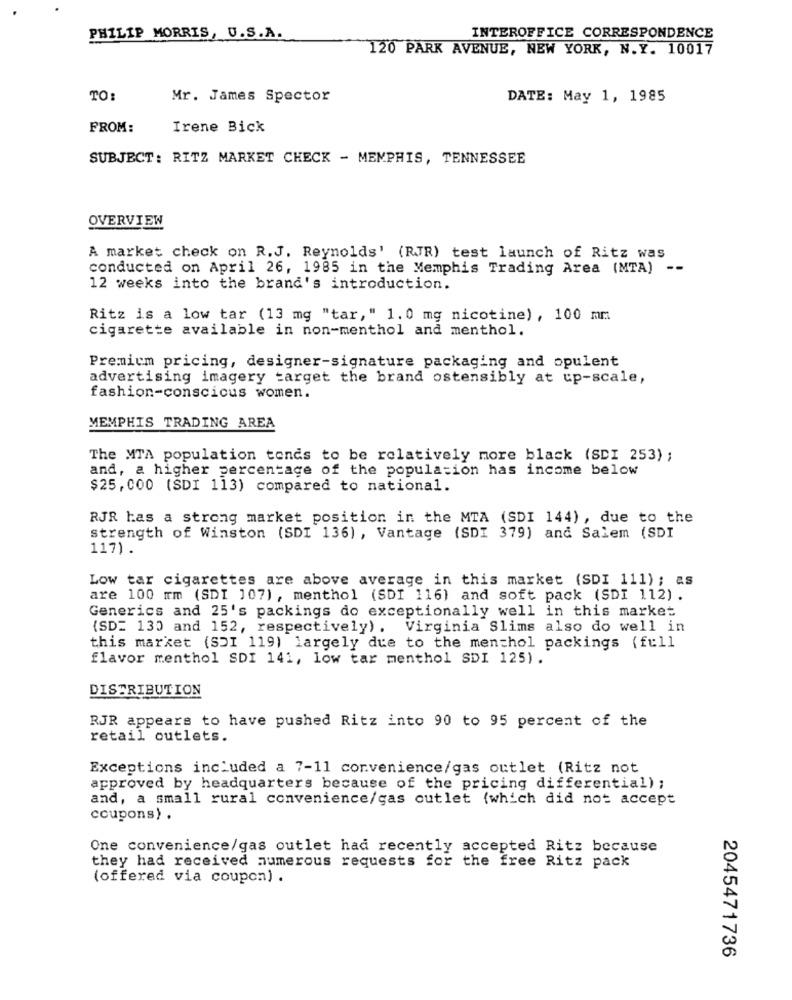
PHILIP MORRIS, U.S.A.
INTEROFFICE CORRESPONDENCE
120 PARK AVENUE, NEW YORK, N.Y. 10017
TO:
Mr. James Spector
DATE: May 1, 1985
FROM:
Irene Bick
SUBJECT: RITZ MARKET CHECK - MEMPHIS, TENNESSEE
OVERVIEW
A market check on R.J. Reynolds' (RJR) test launch of Ritz was
conducted on April 26, 1985 in the Memphis Trading Area (MTA) --
12 weeks into the brand's introduction.
Ritz is a low tar (13 mg "tar," 1.0 mg nicotine), 100 mm
cigarette available in non-menthol and menthol.
Premium pricing, designer-signature packaging and opulent
advertising imagery target the brand ostensibly at up-scale,
fashion-conscious women.
MEMPHIS TRADING AREA
The MTA population tends to be relatively more black (SDI 253) ;
and, a higher percentage of the population has income below
$25,000 (SDI 113) compared to national.
RJR has a strong market position in the MTA (SDI 144) , due to the
strength of Winston (SDI 136) , Vantage (SDI 379) and Salem (SDI
117).
Low tar cigarettes are above average in this market (SDI 111) ; as
are 100 mm (SDI 107) , menthol (SDI 116) and soft pack (SDI 112) .
Generics and 25's packings do exceptionally well in this market
(SD= 130 and 152, respectively). Virginia Slims also do well in
this market (SDI 119) largely due to the menthol packings (full
flavor menthol SDI 141, low tar menthol SDI 125).
DISTRIBUTION
RJR appears to have pushed Ritz into 90 to 95 percent of the
retail outlets.
Exceptions included a 7-11 convenience/gas outlet (Ritz not
approved by headquarters because of the pricing differential) ;
and, a small rural convenience/gas cutlet (which did not accept
coupons) .
One convenience/gas outlet had recently accepted Ritz because
they had received numerous requests for the free Ritz pack
(offered via coupon) .
2045471736